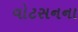
વોટસનના